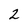
Character: 2